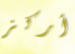
أركز